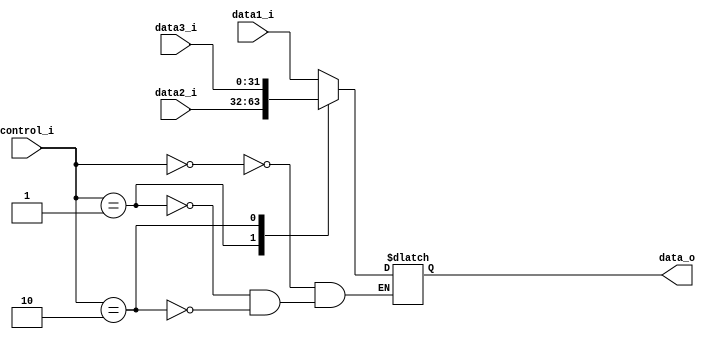
module MUX32_3(
	data1_i,
	data2_i,
	data3_i,
	control_i,
	data_o
);

input [31:0] data1_i, data2_i, data3_i;
input [1:0]  control_i;
output [31:0] data_o;
reg [31:0] data_o;

always@(data1_i or data2_i or control_i) begin
	case(control_i) 
		2'b00: data_o = data1_i;
		2'b01: data_o = data2_i;
		2'b10: data_o = data3_i;
	endcase
end

endmodule